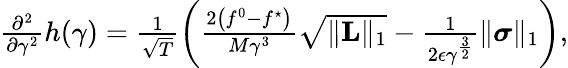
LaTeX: \begin{array}{r}{\frac{\partial^{2}}{\partial\gamma^{2}}h(\gamma)=\frac{1}{\sqrt{T}}\left(\frac{2\left(f^{0}-f^{\star}\right)}{M\gamma^{3}}\sqrt{\lVert\mathbf{L}\rVert_{1}}-\frac{1}{2\epsilon\gamma^{\frac{3}{2}}}\lVert\boldsymbol{\sigma}\rVert_{1}\right),}\end{array}